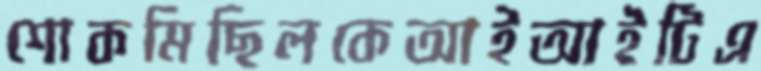
শোকমিছিলকেআইআইটিএ